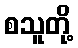
စသူတို့